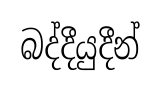
බද්දීයුදීන්